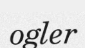
ogler